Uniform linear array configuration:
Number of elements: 32
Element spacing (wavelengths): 0.5
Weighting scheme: binomial
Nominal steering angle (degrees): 0
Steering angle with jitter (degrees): -1.18
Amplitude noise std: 0.05
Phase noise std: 0.05

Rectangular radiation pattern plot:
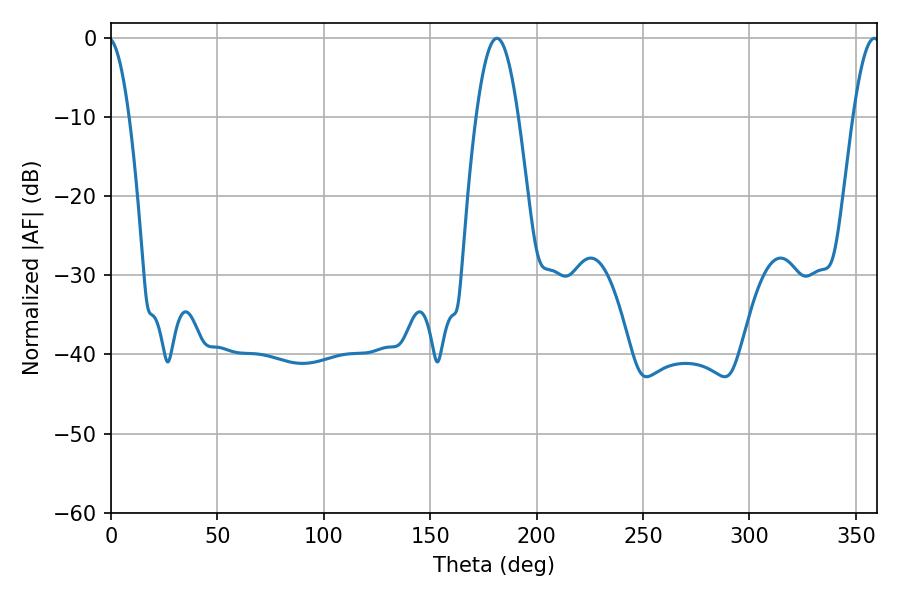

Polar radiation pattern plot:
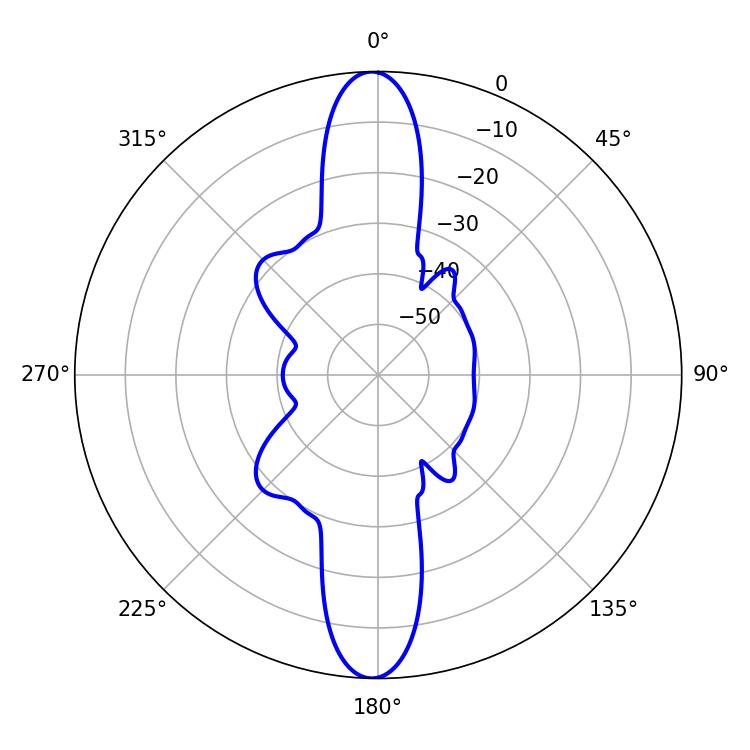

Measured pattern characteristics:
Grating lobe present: FALSE
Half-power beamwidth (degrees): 10.62
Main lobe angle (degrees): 181.26